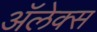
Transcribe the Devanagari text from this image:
अॅलेक्स